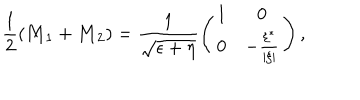
\frac 1 2 \left( { \bf M } _ { 1 } + { \bf M } _ { 2 } \right) = \frac 1 { \sqrt { \epsilon + \eta } } \left( \begin{array} { c c } { { 1 } } & { { 0 } } \\ { { 0 } } & { { - \frac { \xi ^ { * } } { \left| \xi \right| } } } \\ \end{array} \right) ,